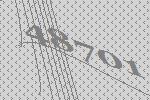
48701